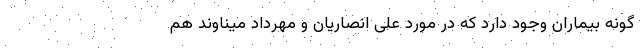
گونه بیماران وجود دارد که در مورد علی انصاریان و مهرداد میناوند هم